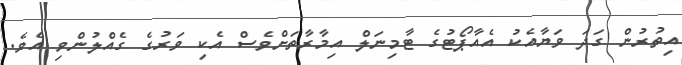
އިތުރުން ގަދަ ވަޔާއެކު އެއާޕޯޓުގެ ޓާމިނަލް އިމާރާތަށްވެސް އެކި ވަރުގެ ގެއްލުންވި އެވެ.